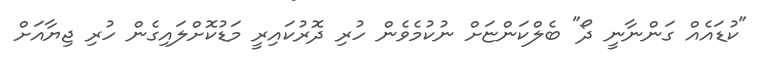
"ކުޑައެއް ގަންނާނީ ދޯ" ބެލްކަންޏަށް ނުކުމެވެން ހުރި ދޮރުކައިރީ މަޑުކޮށްލައިގެން ހުރި ޖިޔާއަށް